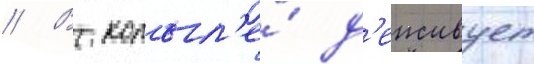
// В копыл'е́ д'еиствует